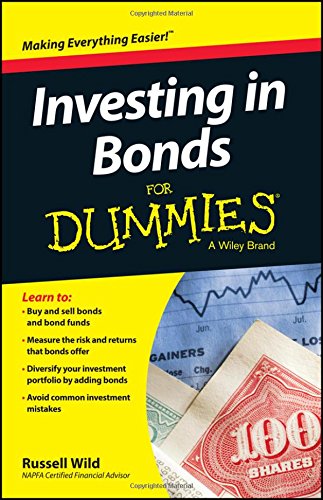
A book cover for Investing in Bonds For Dummies; Russell Wild; Business & Money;